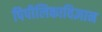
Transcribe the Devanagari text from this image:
पिपीलिकाविज्ञान